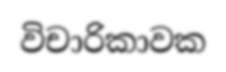
විචාරිකාවක